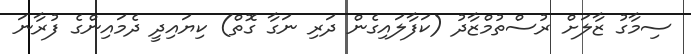
ސިމާގު ޒާލަށް ރުސްތުމްޒާދު (ކަފާލައިގެން ދަރި ނަގާ ގޮތް) ކިޔައިދީ ދެމައިންގެ ފުރާނަ